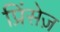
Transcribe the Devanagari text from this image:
प्रिंसेज़